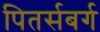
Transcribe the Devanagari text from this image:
पितर्सबर्ग